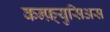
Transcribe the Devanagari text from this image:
कन्फ़्युसिअस